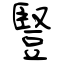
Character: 豎